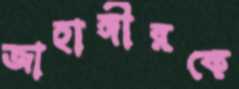
জাহাঙ্গীরকে